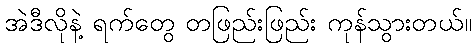
အဲဒီလိုနဲ့ ရက်တွေ တဖြည်းဖြည်း ကုန်သွားတယ်။